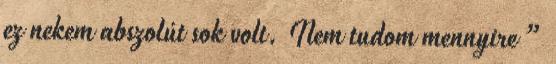
ez nekem abszolút sok volt. Nem tudom mennyire ”